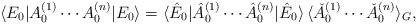
\begin{align*}\langle E_0 | A_0^{(1)} \cdots A_0^{(n)} | E_0 \rangle =\langle \hat E_0 | \hat A_0^{(1)} \cdots \hat A_0^{(n)} | \hat E_0 \rangle\, \langle \check A_0^{(1)} \cdots \check A_0^{(n)} \rangle_G,\end{align*}